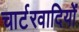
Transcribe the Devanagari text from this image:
चार्टरवादियों